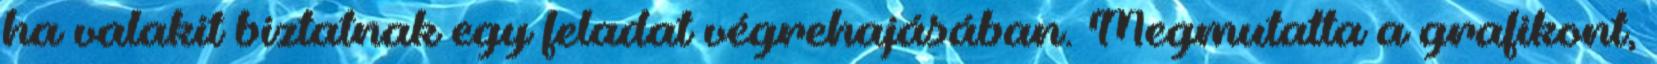
ha valakit biztatnak egy feladat végrehajásában. Megmutatta a grafikont,